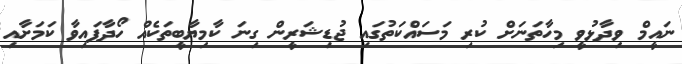
ނައީމް ވިދާޅުވީ މިހާތަނަށް ކުރި މަސައްކަތުގައި ޖުޑިޝަރީން ގިނަ ކާމިޔާބީތަކެއް ހޯދާފައިވާ ކަމަށާއި